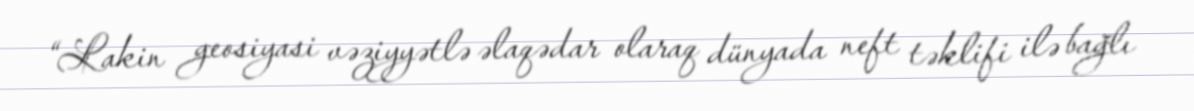
“Lakin geosiyasi vəziyyətlə əlaqədar olaraq dünyada neft təklifi ilə bağlı